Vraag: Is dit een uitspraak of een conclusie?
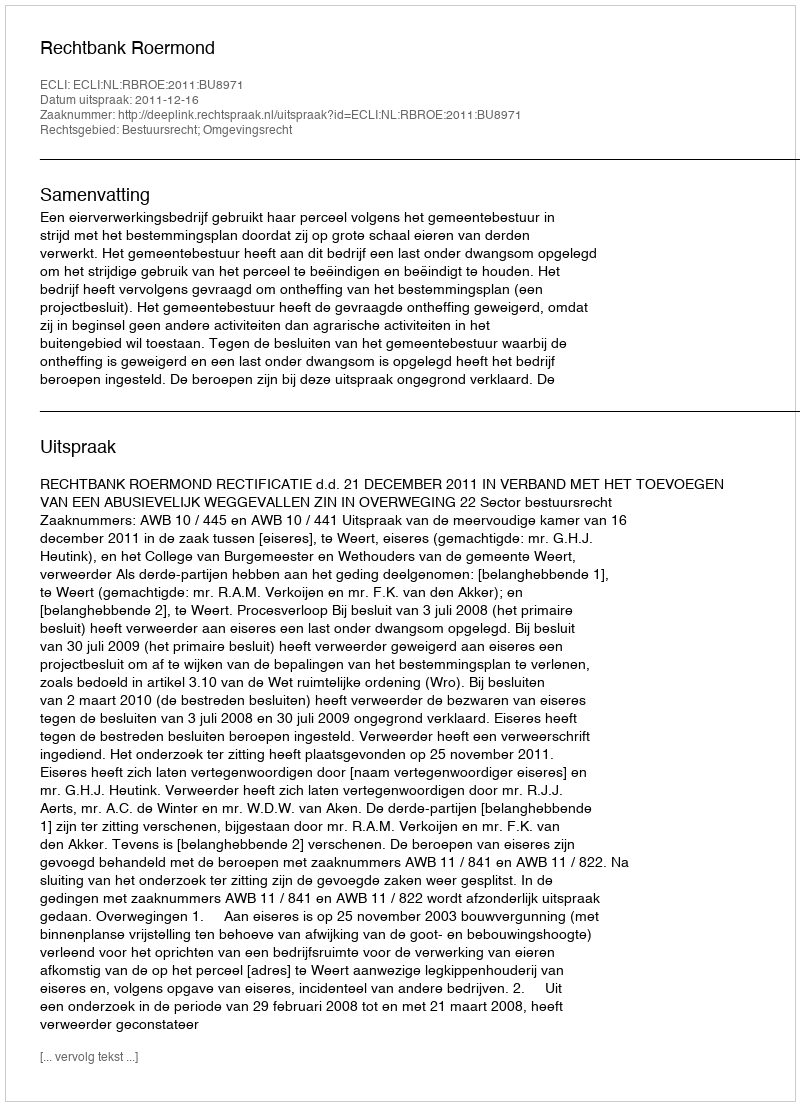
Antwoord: Uitspraak